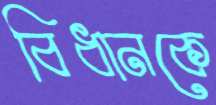
বিধানকে